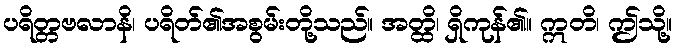
ပရိတ္တဗလာနိ၊ ပရိတ်၏အစွမ်းတို့သည်။ အတ္ထိ၊ ရှိကုန်၏။ ဣတိ၊ ဤသို့။